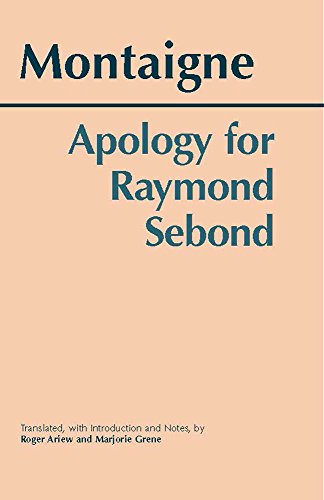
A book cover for Apology for Raymond Sebond (Hackett Classics); Michel De Montaigne; Politics & Social Sciences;